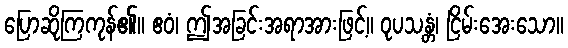
ပြောဆိုကြကုန်၏။ ဧဝံ၊ ဤအခြင်းအရာအားဖြင့်။ ဝုပသန္တံ၊ ငြိမ်းအေးသော။